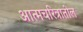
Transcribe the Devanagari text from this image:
आत्मचरित्रातील